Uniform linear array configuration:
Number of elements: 8
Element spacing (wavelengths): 0.25
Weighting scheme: exponential
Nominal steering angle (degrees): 60
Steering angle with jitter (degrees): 58.445
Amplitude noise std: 0.05
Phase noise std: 0.05

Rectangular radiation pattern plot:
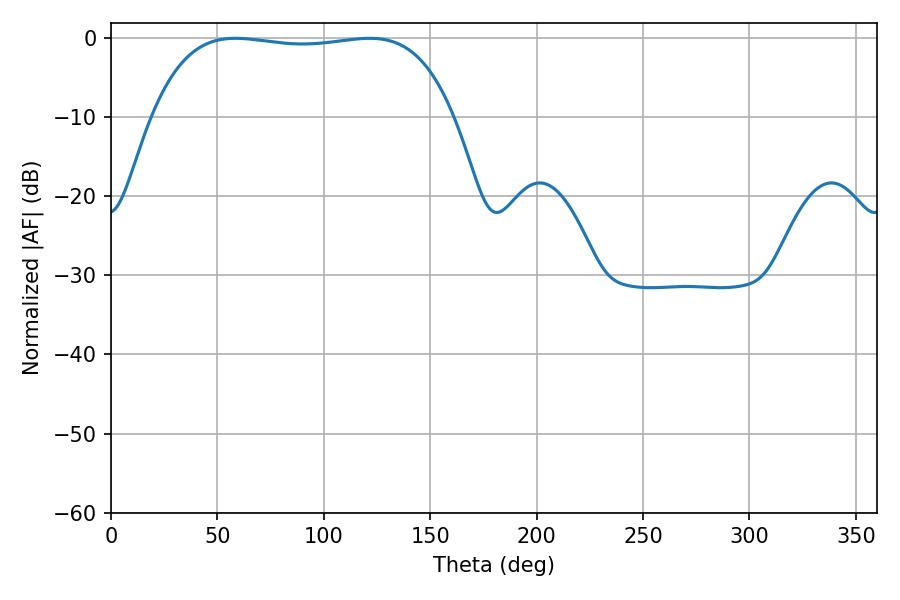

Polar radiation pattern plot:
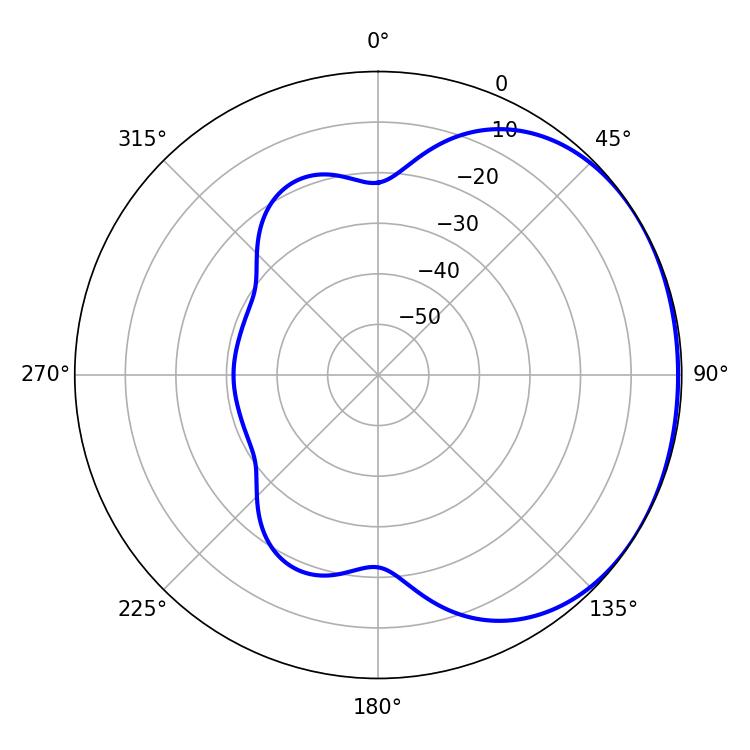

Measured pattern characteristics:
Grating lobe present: FALSE
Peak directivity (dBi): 1.111
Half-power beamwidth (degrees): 112.68
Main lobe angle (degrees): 58.5